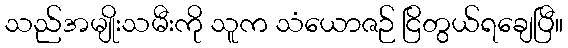
သည်အမျိုးသမီးကို သူက သံယောဇဉ် ငြိတွယ်ရချေပြီ။